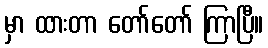
မှာ ထားတာ တော်တော် ကြာပြီ။